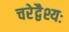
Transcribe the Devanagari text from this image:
चरेद्वैश्यः